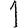
Digit: 1